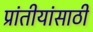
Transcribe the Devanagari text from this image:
प्रांतीयांसाठी